system: You are a helpful assistant.
user:
Analyze the provided spectrum to determine if it is a **S-type Star**.

- **Key Indicators for S-type Star:**

    - **(Overall Spectrum Shape):** The first and most obvious characteristic is the overall continuum (the "baseline" shape). It is **extremely "red-sloping,"** meaning the flux (light intensity) is very low on the left side (blue, ~4000-4500 Å) and rises steeply and continuously toward the right side (red, ~7000 Å+).

    - **(Primary):** The spectrum is defined by the presence of strong, broad molecular absorption "valleys" (bands) from **Zirconium Oxide (ZrO)**. The identification of these bands is the **primary requirement** for classifying a star as S-type.
        - **(Key Bandheads):** You must find distinct, deep "dips" where the light has been absorbed. The most critical band systems to locate are:
            - **~6474 Å** ($\gamma$-system): This is often the strongest and clearest ZrO feature, found in the red part of the spectrum.
            - **~5718 Å** & **~5551 Å** ($\beta$-system): A pair of prominent absorption features in the yellow-orange part of the spectrum.
            - **~4640 Å** ($\alpha$-system): A key absorption band system in the blue-green region of the spectrum.

    - **(Secondary Confirmation):** The classification is strengthened by finding additional absorption bands from other related heavy element oxides, which are expected to be present alongside ZrO.
        - **(Key Bandheads):**
            - **Yttrium Oxide (YO):** Look for absorption dips near **~4800 Å** and **~6100 Å**.
            - **Lanthanum Oxide (LaO):** Additional absorption features, particularly in the red-orange part of the spectrum, are also characteristic.

    - **(Line Profile):** The combination of the steep red continuum and these numerous, deep molecular bands (ZrO, YO, etc.) gives the entire spectrum a very **"chopped-up"** or **"bumpy"** appearance. Instead of a smooth curve, the spectrum looks as though large, wide chunks of light have been "carved out" of it at the specific wavelengths listed above.

Think first, call **spectral_visualization_tool** if needed to examine features in detail, then provide your final answer. Your response must adhere to the following strict rules:
1.  **Overall Structure:** Your response must follow the format `<think>...</think> <tool_call>...</tool_call> (if a tool is used) <answer>...</answer>`.
2.  **Tool Usage Constraint:** You may only make **one** tool call per turn.
3.  **Final Answer Format:** In the `<answer>` tag, your conclusion must be inside a `\boxed{}` command (e.g., `\boxed{YES}` or `\boxed{NO}`), followed by your justification.

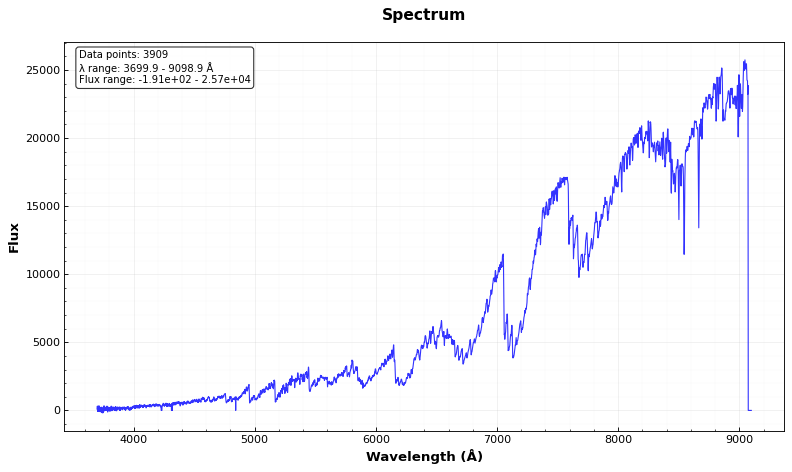
Answer: YES